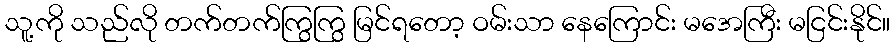
သူ့ကို သည်လို တက်တက်ကြွကြွ မြင်ရတော့ ဝမ်းသာ နေကြောင်း မအေကြီး မငြင်းနိုင်။